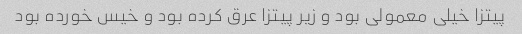
پیتزا خیلی معمولی بود و زیر پیتزا عرق کرده بود و خیس خورده بود